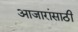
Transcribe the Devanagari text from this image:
अाजारांसाठी